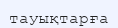
тауықтарға